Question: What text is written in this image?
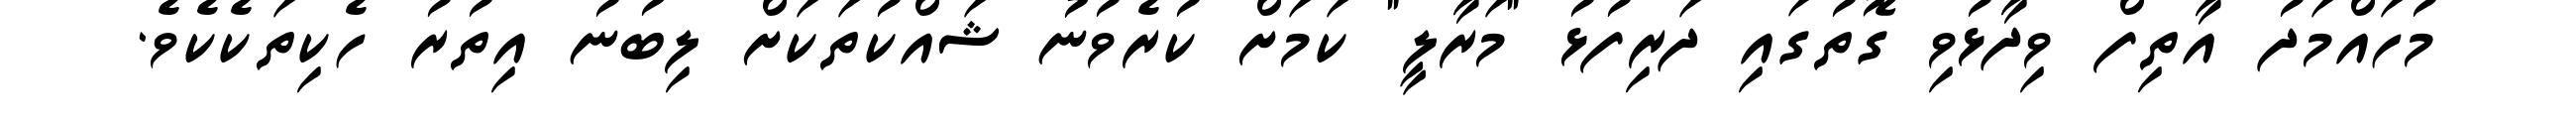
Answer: މުހައްމަދު އާތިފް ވިދާޅުވި ގޮތުގައި ދަރިފުޅު "މަރާލީ" ކަމަށް ކުރެވުނު ޝައްކުތަކަށް ލިބުނު އިތުރު ހެކިތަކެކެވެ.